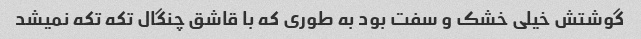
گوشتش خیلی خشک و سفت بود به طوری که با قاشق چنگال تکه تکه نمیشد